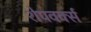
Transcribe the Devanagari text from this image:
शेपवर्क्स